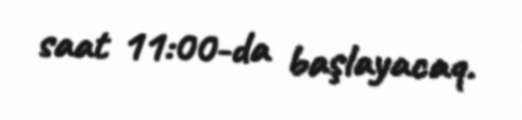
saat 11:00-da başlayacaq.